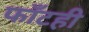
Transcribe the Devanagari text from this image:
फाँटही